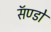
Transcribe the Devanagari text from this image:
सॅण्डो